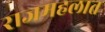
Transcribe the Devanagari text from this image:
राजमहलात